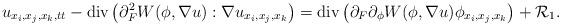
LaTeX: \begin{align*}u_{x_i, x_j, x_k, tt} - \mbox{div}\left(\partial_F^2W(\phi, \nabla u) : \nabla u_{x_i, x_j, x_k}\right) = \mbox{div}\left(\partial_F\partial_\phi W(\phi, \nabla u)\phi_{x_i, x_j, x_k}\right) + \mathcal{R}_1. \end{align*}